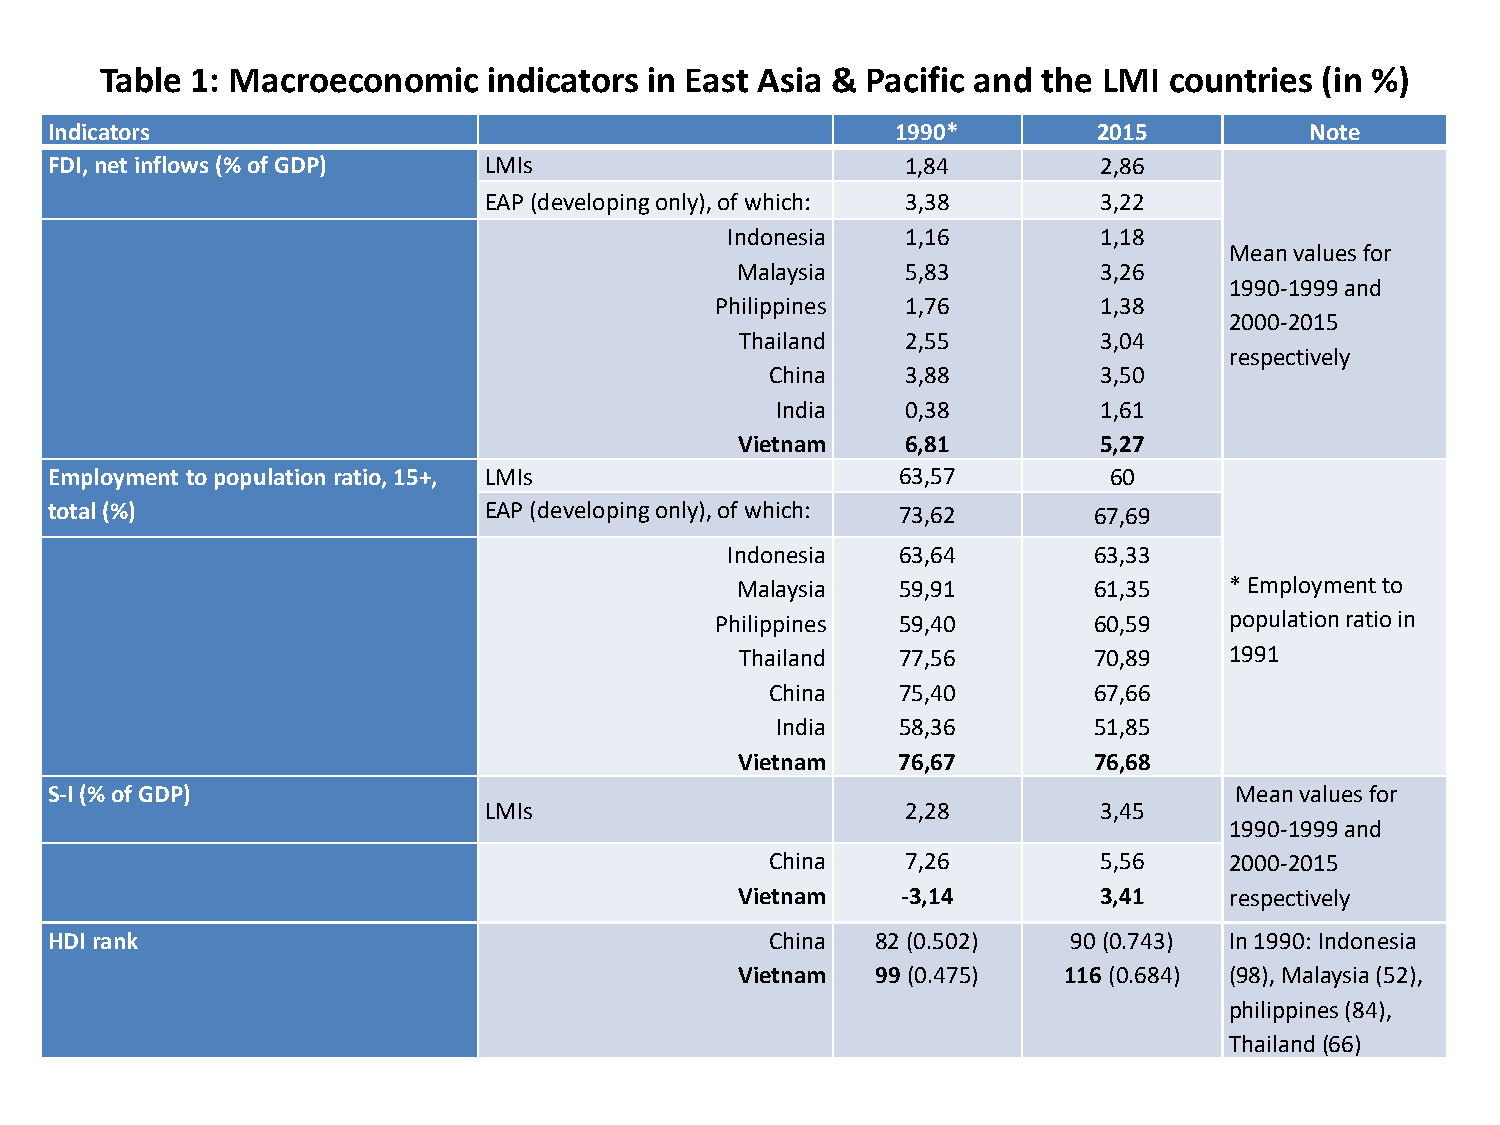
Table 1: Macroeconomic   indicators in East Asia & Pacific and the LMI countries (in %)
 Indicators                                              1990*         2015          Note
 FDI, net inflows (% of GDP)  LMIs                        1,84         2,86
 EAP (developing only), of which: 3,38    3,22
 Indonesia   1,16         1,18
 Mean values for
 Malaysia   5,83         3,26
 1990-1999 and
 Philippines  1,76         1,38
 2000-2015
 Thailand   2,55         3,04
 respectively
 China    3,88         3,50
 India    0,38         1,61
 Vietnam    6,81         5,27
 Employment to population ratio, 15+, LMIs                63,57        60
 total (%)                    EAP (developing only), of which: 73,62  67,69
 Indonesia   63,64       63,33
 Malaysia   59,91       61,35    *Employment to
 Philippines  59,40       60,59    population ratio in
 Thailand   77,56       70,89    1991
 China    75,40       67,66
 India    58,36       51,85
 Vietnam   76,67        76,68
 S-I (% of GDP)                                                                 Mean values for
 LMIs                        2,28         3,45
 1990-1999 and
 China    7,26         5,56    2000-2015
 Vietnam    -3,14        3,41    respectively
 HDI rank                                        China  82 (0.502)   90 (0.743) In 1990: Indonesia
 Vietnam  99 (0.475)  116 (0.684) (98), Malaysia (52),
 philippines (84),
 Thailand(66)